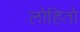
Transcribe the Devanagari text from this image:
लोहितो